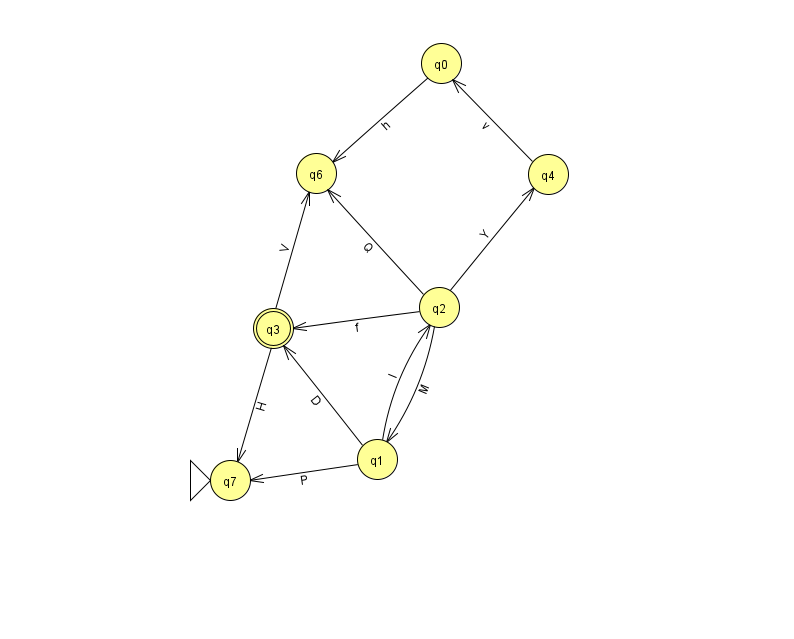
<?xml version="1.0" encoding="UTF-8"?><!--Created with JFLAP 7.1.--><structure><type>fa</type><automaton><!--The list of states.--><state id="0" name="q0"><x>441.0</x><y>50.0</y></state><state id="1" name="q1"><x>377.0</x><y>446.0</y></state><state id="2" name="q2"><x>439.0</x><y>294.0</y></state><state id="3" name="q3"><x>273.0</x><y>315.0</y><final/></state><state id="4" name="q4"><x>548.0</x><y>161.0</y></state><state id="6" name="q6"><x>316.0</x><y>160.0</y></state><state id="7" name="q7"><x>230.0</x><y>467.0</y><initial/></state><!--The list of transitions.--><transition><from>1</from><to>7</to><read>P</read></transition><transition><from>1</from><to>3</to><read>D</read></transition><transition><from>2</from><to>3</to><read>f</read></transition><transition><from>2</from><to>4</to><read>Y</read></transition><transition><from>0</from><to>6</to><read>h</read></transition><transition><from>1</from><to>2</to><read>I</read></transition><transition><from>2</from><to>6</to><read>Q</read></transition><transition><from>3</from><to>7</to><read>H</read></transition><transition><from>3</from><to>6</to><read>V</read></transition><transition><from>2</from><to>1</to><read>M</read></transition><transition><from>4</from><to>0</to><read>v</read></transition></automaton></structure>